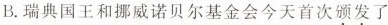
B.瑞典国王和挪威诺贝尔基金会今天首次颁发了